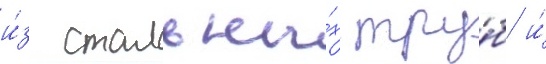
и́з стальны́х тру́б и́